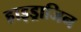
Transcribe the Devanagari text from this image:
हाइड्राजिन